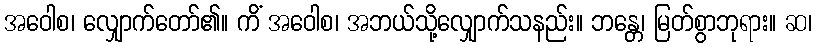
အဝေါစ၊ လျှောက်တော်၏။ ကိံ အဝေါစ၊ အဘယ်သို့လျှောက်သနည်း။ ဘန္တေ၊ မြတ်စွာဘုရား။ ဆ၊